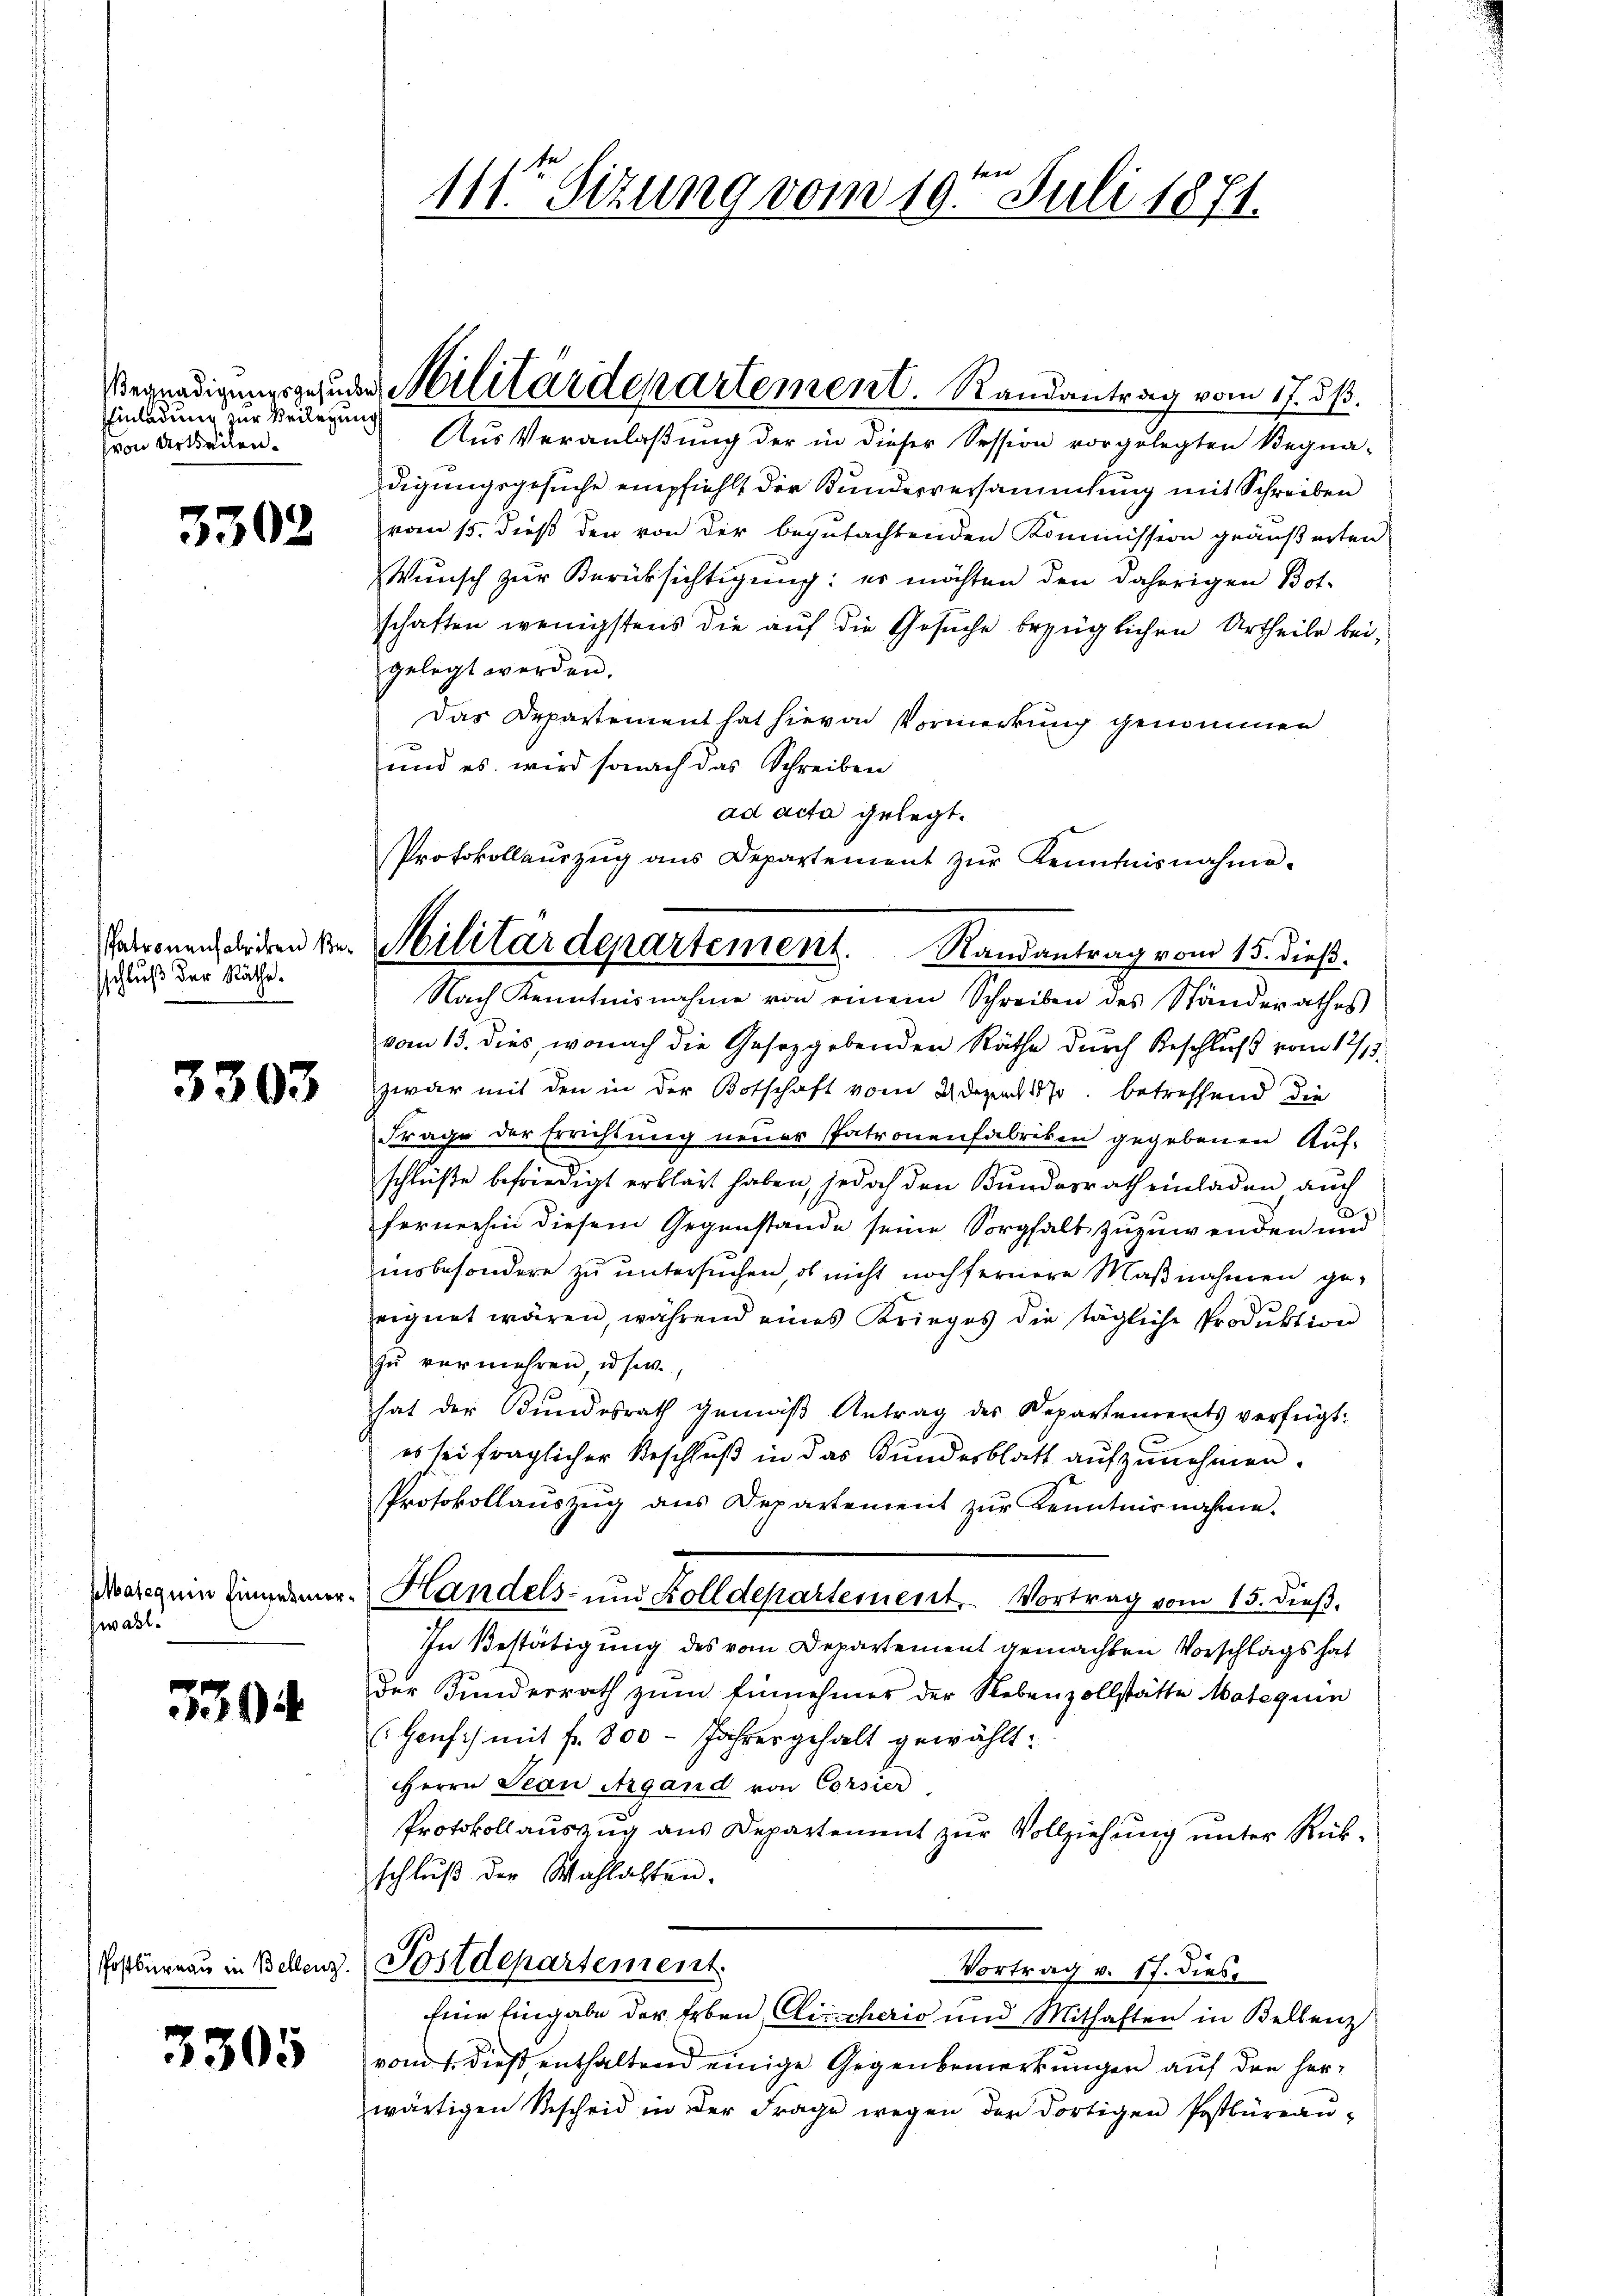
Einladung zur Beilegung
von Urtheilen

5302

Patronenfabriken Besschluß der Räthe.

3303

Kateguin Eingemerzwahl.

39

3305

111te Sitzung vom 10ten Juli 1871.

Aus Veranlaßung der in dieser Session vorgelegten Begna-
digungsgesuche empfiehlt der Kundesversammlung mit Schreiben
vom 15. dieß den von der begutachtenden Kommission geäußerten
Wunsch zur Berüksichtigung: er möchten den daherigen Botschaften wenigstens die auf die Gesuche bezüglichen Urtheile bei,
gelegt werden.
Das Departement hat hievon Vormerkung genommen
und es wird sonach das Schreiben
ad acta gelegt.
Nach Kenntnisnahme von einem Schreiben des Standerathes
vom 13. dies, wonach die Gesetzgebenden Räthe durch Beschluß vom 12/13.
zwar mit den in der Botschaft vom 2. Dezach 1870, betreffend die
Frage der Errichtung neuer Patronenfabriken gegebenen Auf-
schlüße befriedigt erklärt haben, jedoch den Bundesrath einladen auch
fernerhin diesem Gegenstande seine Sorgfalt zuzuwenden und
insbesondere zu untersuchen, ob nicht noch fernere Maβnahmen ge-
eignet wären, während eines Krieges die tägliche Produktion
zu vermehren usw.
hat der Bundesrath gemäß Antrag des Departements verfügt:
es sei fraglicher Beschluß in das Bundesblatt aufzunehmen.
Protokollauszug aus Departement zŭr Kenntnisnahme.
Handels- und Zolldepartement. Vortrag vom 15. dieß.
In Bestätigung des vom Departement gemachten Vorschlags hat
der Kunderrath zum Einnehmer der Nebenzollstätte Matequin
Hensch mit fr. 300 - Jahresgehalt gewählt:
HHerrn Seon Argand von Corsier
Protokollauszug aus Departement zur Vollziehung unter Rückschlŭβ der Wahlalten.
Postbureau in Bellenz. Postdepartement.
Vortrag v. 17. dies
Eine Eingabe der Erben Circheris und Mithaften in Bellenz
vom 1. dieß enthaltend einige Gegenbemerkungen auf den herwärtigen Bescheid in der Frage wegen der dortigen Postbüreaŭ-

Begnadigungsgeruder Militärdepartement. Randantrag vom 17. dß.

Protokollaŭszŭg ans Departement zŭr Kenntnisnahme.
Militärdepartement. Randantrag vom 15. dieβ.